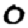
Digit: 0